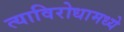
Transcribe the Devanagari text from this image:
त्याविरोधामध्ये